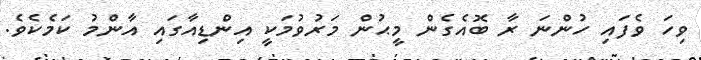
ވިހަ ވެފައި ހުންނަ ރާ ބޮއެގެން މީޙުން މަރުވުމަކީ އިންޑިއާގައި އާންމު ކަމެކެވެ.